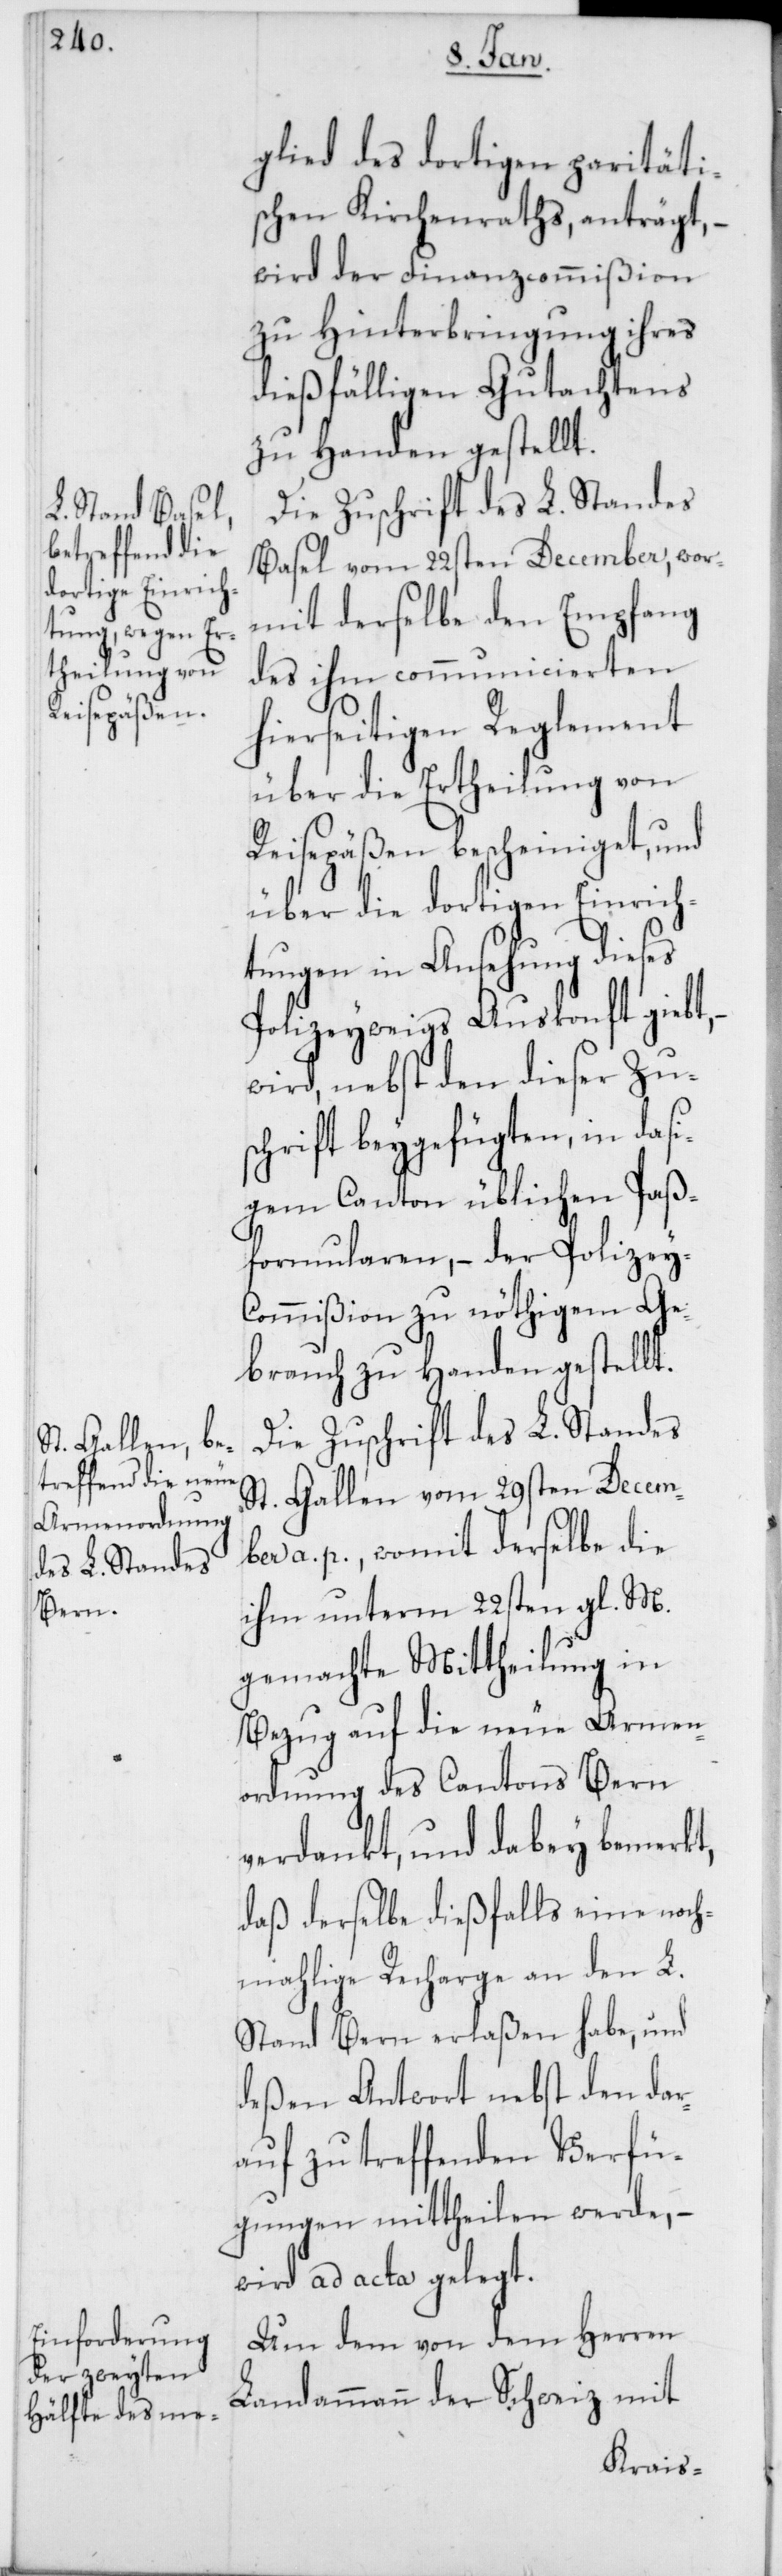
glied des dortigen paritäti¬
schen Kirchenraths, anträgt, –
wird der Finanzcommißion
zu Hinterbringung ihres
dießfälligen Gutachtens
zu Handen gestellt.
Die Zuschrift des L. Standes
Basel vom 22sten December, wor¬
mit derselbe den Empfang
des ihm communicierten
hierseitigen Reglement
über die Ertheilung von
Reisepäßen bescheiniget, und
über die dortigen Einrich¬
tungen in Ansehung dieses
Polizey[z]weigs Auskonft giebt,
wird, nebst den dieser Zu¬
schrift beygefügten, in dasi¬
gem Canton üblichen Paß¬
formularen, – der Polizey¬
commißion zu nöthigem Ge¬
brauch zu Handen gestellt.
Die Zuschrift des L. Standes
St. Gallen vom 29sten Decem¬
ber a. p., womit derselbe die
ihm unterm 22sten gl. M.
gemachte Mittheilung in
Bezug auf die neue Armen¬
ordnung des Cantons Bern
verdankt, und dabey bemerkt,
daß derselbe dießfalls eine noch¬
mahlige Recharge an den L.
Stand Bern erlaßen habe, und
deßen Antwort nebst den dar¬
auf zu treffenden Verfü¬
gungen mittheilen werde; –
wird ad acta gelegt.
Um dem von dem Herren
Landammann der Schweiz mit